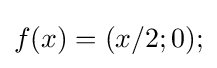
f(x)=(x/2;0);